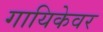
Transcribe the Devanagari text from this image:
गायिकेवर